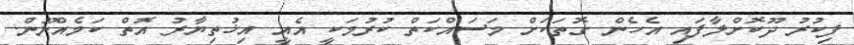
ފިކުރު ދޫކޮށްލާފައި އެހެން ގޮތަކަށް މަސައްކަތް ކުރުމަކީ އެއީ އިޚުތިޔާރު އޮތް ކަމެއްނޫން.